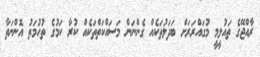
ރާއްޖޭގެ ތައުލީމީ މުގައްރަރަށް ބަދަލުތަކެއް ގެންނަން މަސައްކަތްތަކެއް ކުރާ ކަމުގެ ތުހުމަތު އޮންނަތާ